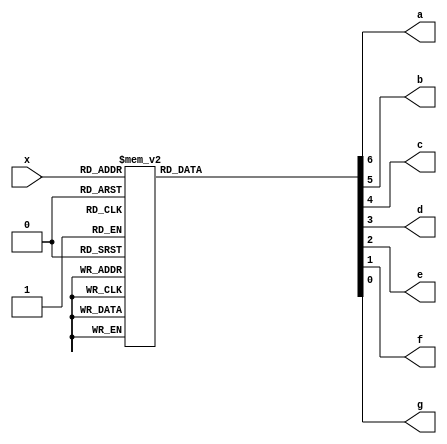
module dec7seg(
    x
   ,a , b, c, d, e, f, g
);

input   [3:0]   x;
output          a, b, c, d, e, f, g;

reg             a, b, c, d, e, f, g;

always @(x)
    case (x)
        4'b0000 : {a,b,c,d,e,f,g} <= 7'b111_1110;
        4'b0001 : {a,b,c,d,e,f,g} <= 7'b011_0000;
        4'b0010 : {a,b,c,d,e,f,g} <= 7'b110_1101;
        4'b0011 : {a,b,c,d,e,f,g} <= 7'b111_1001;
        4'b0100 : {a,b,c,d,e,f,g} <= 7'b011_0011;
        4'b0101 : {a,b,c,d,e,f,g} <= 7'b101_1011;
        4'b0110 : {a,b,c,d,e,f,g} <= 7'b101_1111;
        4'b0111 : {a,b,c,d,e,f,g} <= 7'b111_0000;
        4'b1000 : {a,b,c,d,e,f,g} <= 7'b111_1111;
        4'b1001 : {a,b,c,d,e,f,g} <= 7'b111_1011;
        4'b1010 : {a,b,c,d,e,f,g} <= 7'b111_0111;
        4'b1011 : {a,b,c,d,e,f,g} <= 7'b001_1111;
        4'b1100 : {a,b,c,d,e,f,g} <= 7'b100_1110;
        4'b1101 : {a,b,c,d,e,f,g} <= 7'b011_1101;
        4'b1110 : {a,b,c,d,e,f,g} <= 7'b100_1111;
        4'b1111 : {a,b,c,d,e,f,g} <= 7'b100_0111;
        default : {a,b,c,d,e,f,g} <= 7'b000_0000;
    endcase

endmodule